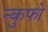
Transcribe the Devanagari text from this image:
न्कुफो